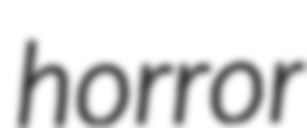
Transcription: horror